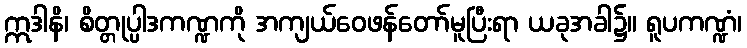
ဣဒါနိ၊ စိတ္တုပ္ပါဒကဏ္ဍကို အကျယ်ဝေဖန်တော်မူပြီးရာ ယခုအခါ၌။ ရူပကဏ္ဍံ၊